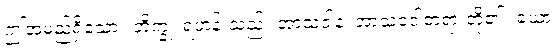
ဤအမည်ရှိသော။ ဘိက္ခု၊ ရဟန်းသည်။ အာသဝါနံ၊ အာသဝေါတရားတို့၏။ ခယာ၊